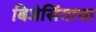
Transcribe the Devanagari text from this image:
बिजेसिंगाचा